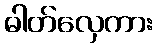
ဓါတ်လှေကား